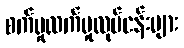
စက်မှုလက်မှုလုပ်ငန်းများ